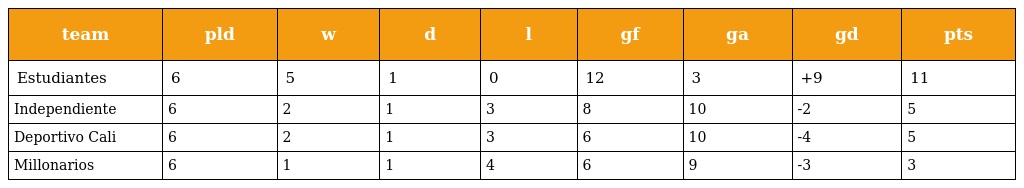
| team | pld | w | d | l | gf | ga | gd | pts |
 | --- | --- | --- | --- | --- | --- | --- | --- | --- |
 | Estudiantes | 6 | 5 | 1 | 0 | 12 | 3 | +9 | 11 |
 | Independiente | 6 | 2 | 1 | 3 | 8 | 10 | -2 | 5 |
 | Deportivo Cali | 6 | 2 | 1 | 3 | 6 | 10 | -4 | 5 |
 | Millonarios | 6 | 1 | 1 | 4 | 6 | 9 | -3 | 3 |